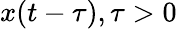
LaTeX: x(t-\tau),\tau>0